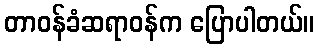
တာဝန်ခံဆရာဝန်က ပြောပါတယ်။